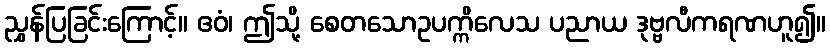
ညွှန်ပြခြင်းကြောင့်။ ဧဝံ၊ ဤသို့ စေတသောဥပက္ကိလေသ ပညာယ ဒုဗ္ဗလီကရဏဟူ၍။